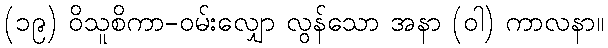
(၁၉) ဝိသူစိကာ-ဝမ်းလျှော လွန်သော အနာ (ဝါ) ကာလနာ။